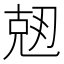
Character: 𠒘